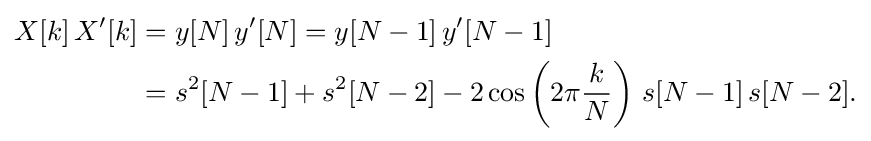
{\begin{aligned}X[k]\,X'[k]&=y[N]\,y'[N]=y[N-1]\,y'[N-1]\\&=s^{2}[N-1]+s^{2}[N-2]-2\cos \left(2\pi {\frac {k}{N}}\right)\,s[N-1]\,s[N-2].\end{aligned}}